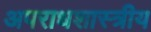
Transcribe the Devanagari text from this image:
अपराधशास्त्रीय